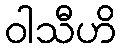
ဝါသီဟိ